Civil Veterinary Department. United Provinces 1912-22 - 1912-1922
Year: 1912
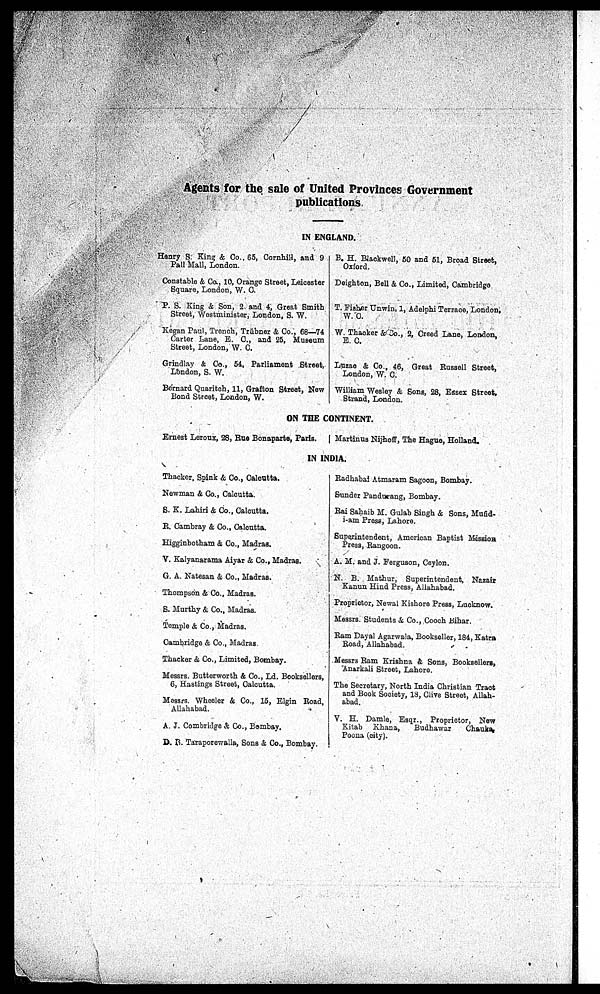
Agents for the sale of United Provinces Government
publications.
IN ENGLAND.
Honry S. King & Co., 65, Cornhill, and 9
Pall Mall, London.
Constable & Co., 10, Orange Street, Leicester
Square, London, W. C.
P. S. King & Son, 2 and 4, Great Smith
Street, Westminister, London, S. W.
Kegan Paul, Trench, Trübner & Co., 68—74
Carter Lane, E. C., and 25, Museum
Street, London, W. C.
Grindlay & Co., 54, Parliament Street,
London, S. W.
Bernard Quaritch, 11, Grafton Street, New
Bond Street, London, W.
B. H. Blackwell, 50 and 51, Broad Street,
Orford.
Doighton, Bell & Co., Limited, Cambridge
T. Fisher Unwin, 1, Adelphi Terrace, London
W. C.
W. Thacker & Co., 2, Creed Lane, London,
E. C.
Luzao & Co., 46, Great Russell Street,
London, W. C.
William Wesloy & Sons, 28, Essex Street,
Strand, London.
ON THE CONTINENT.
Ernest Leroux, 28, Rao Bonaparte, Paris.
Martinus Nijhoff, The Hague, Holland.
IN INDIA.
Thacker, Spink & Co., Caloutta.
Newman & Co., Calcutta.
S. K. Lahiri & Co., Calcutta.
R. Cambray & Co., Calcutta.
Higginbotham & Co., Madras.
V. Kalyanarama Aiyar & Co., Madras.
G. A. Natesan & Co., Madras.
Thompson & Co., Madras.
B. Murthy & Co., Madras.
Temple & Co., Madras.
Cambridge & Co., Madras
Thacker & Co., Limited, Bombay.
Messrs, Butterworth & Co., Ld. Booksellers
6, Hastings Street, Calcutta.
Messrs. Wheeler & Co., 15, Elgin Road
Allahabad.
A. J. Combridge & Co., Bombay.
D. B. Taraporewalla, Sons & Co., Bombay.
Radhabai Atmaram Sagoon, Bombay.
Sunder Pandueang, Bombay.
Rai Sahaib M. Galab Singh & Sons, Mufid-
i-am Press, Lahore.
Superintendent, American Baptist Mission
Press, Rangoon.
A. M. and J. Ferguson, Coylon.
N. B. Mathur, Superintendent, Nazair
Kanun Hind Press, Allahabad.
Proprietor, Newal Kishore Press, Lucknow.
Messrs. Students & Co., Cooch Bihar.
Ram Dayal Agarwala, Bookseller, 184, Katra
Road, Allahabad.
Messrs Ram Krishna & Sons, Booksellers,
Anarkaii Street, Lahore.
The Secretary, North India Christian Tract
and Book Society, 13, Clive Street, Allah-
abad.
V. H. Damio, Esqr., Proprietor, Now
Kitab Khana,
Budhawar
Chauks
Poona (city).